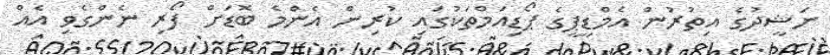
ނަޝީދުގެ އިތުރުން އެމްޑީޕީގެ ޕޯޑިއަމްތަކުގައި ކުރިން އެންމެ ބޮޑަށް ފޯރި ނެންގެވި އެއް